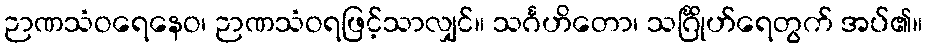
ဉာဏသံဝရေနေဝ၊ ဉာဏသံဝရဖြင့်သာလျှင်။ သင်္ဂဟိတော၊ သင်္ဂြိုဟ်ရေတွက် အပ်၏။